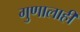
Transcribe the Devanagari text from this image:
गुणालाही